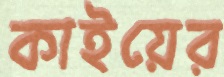
কাইয়ের